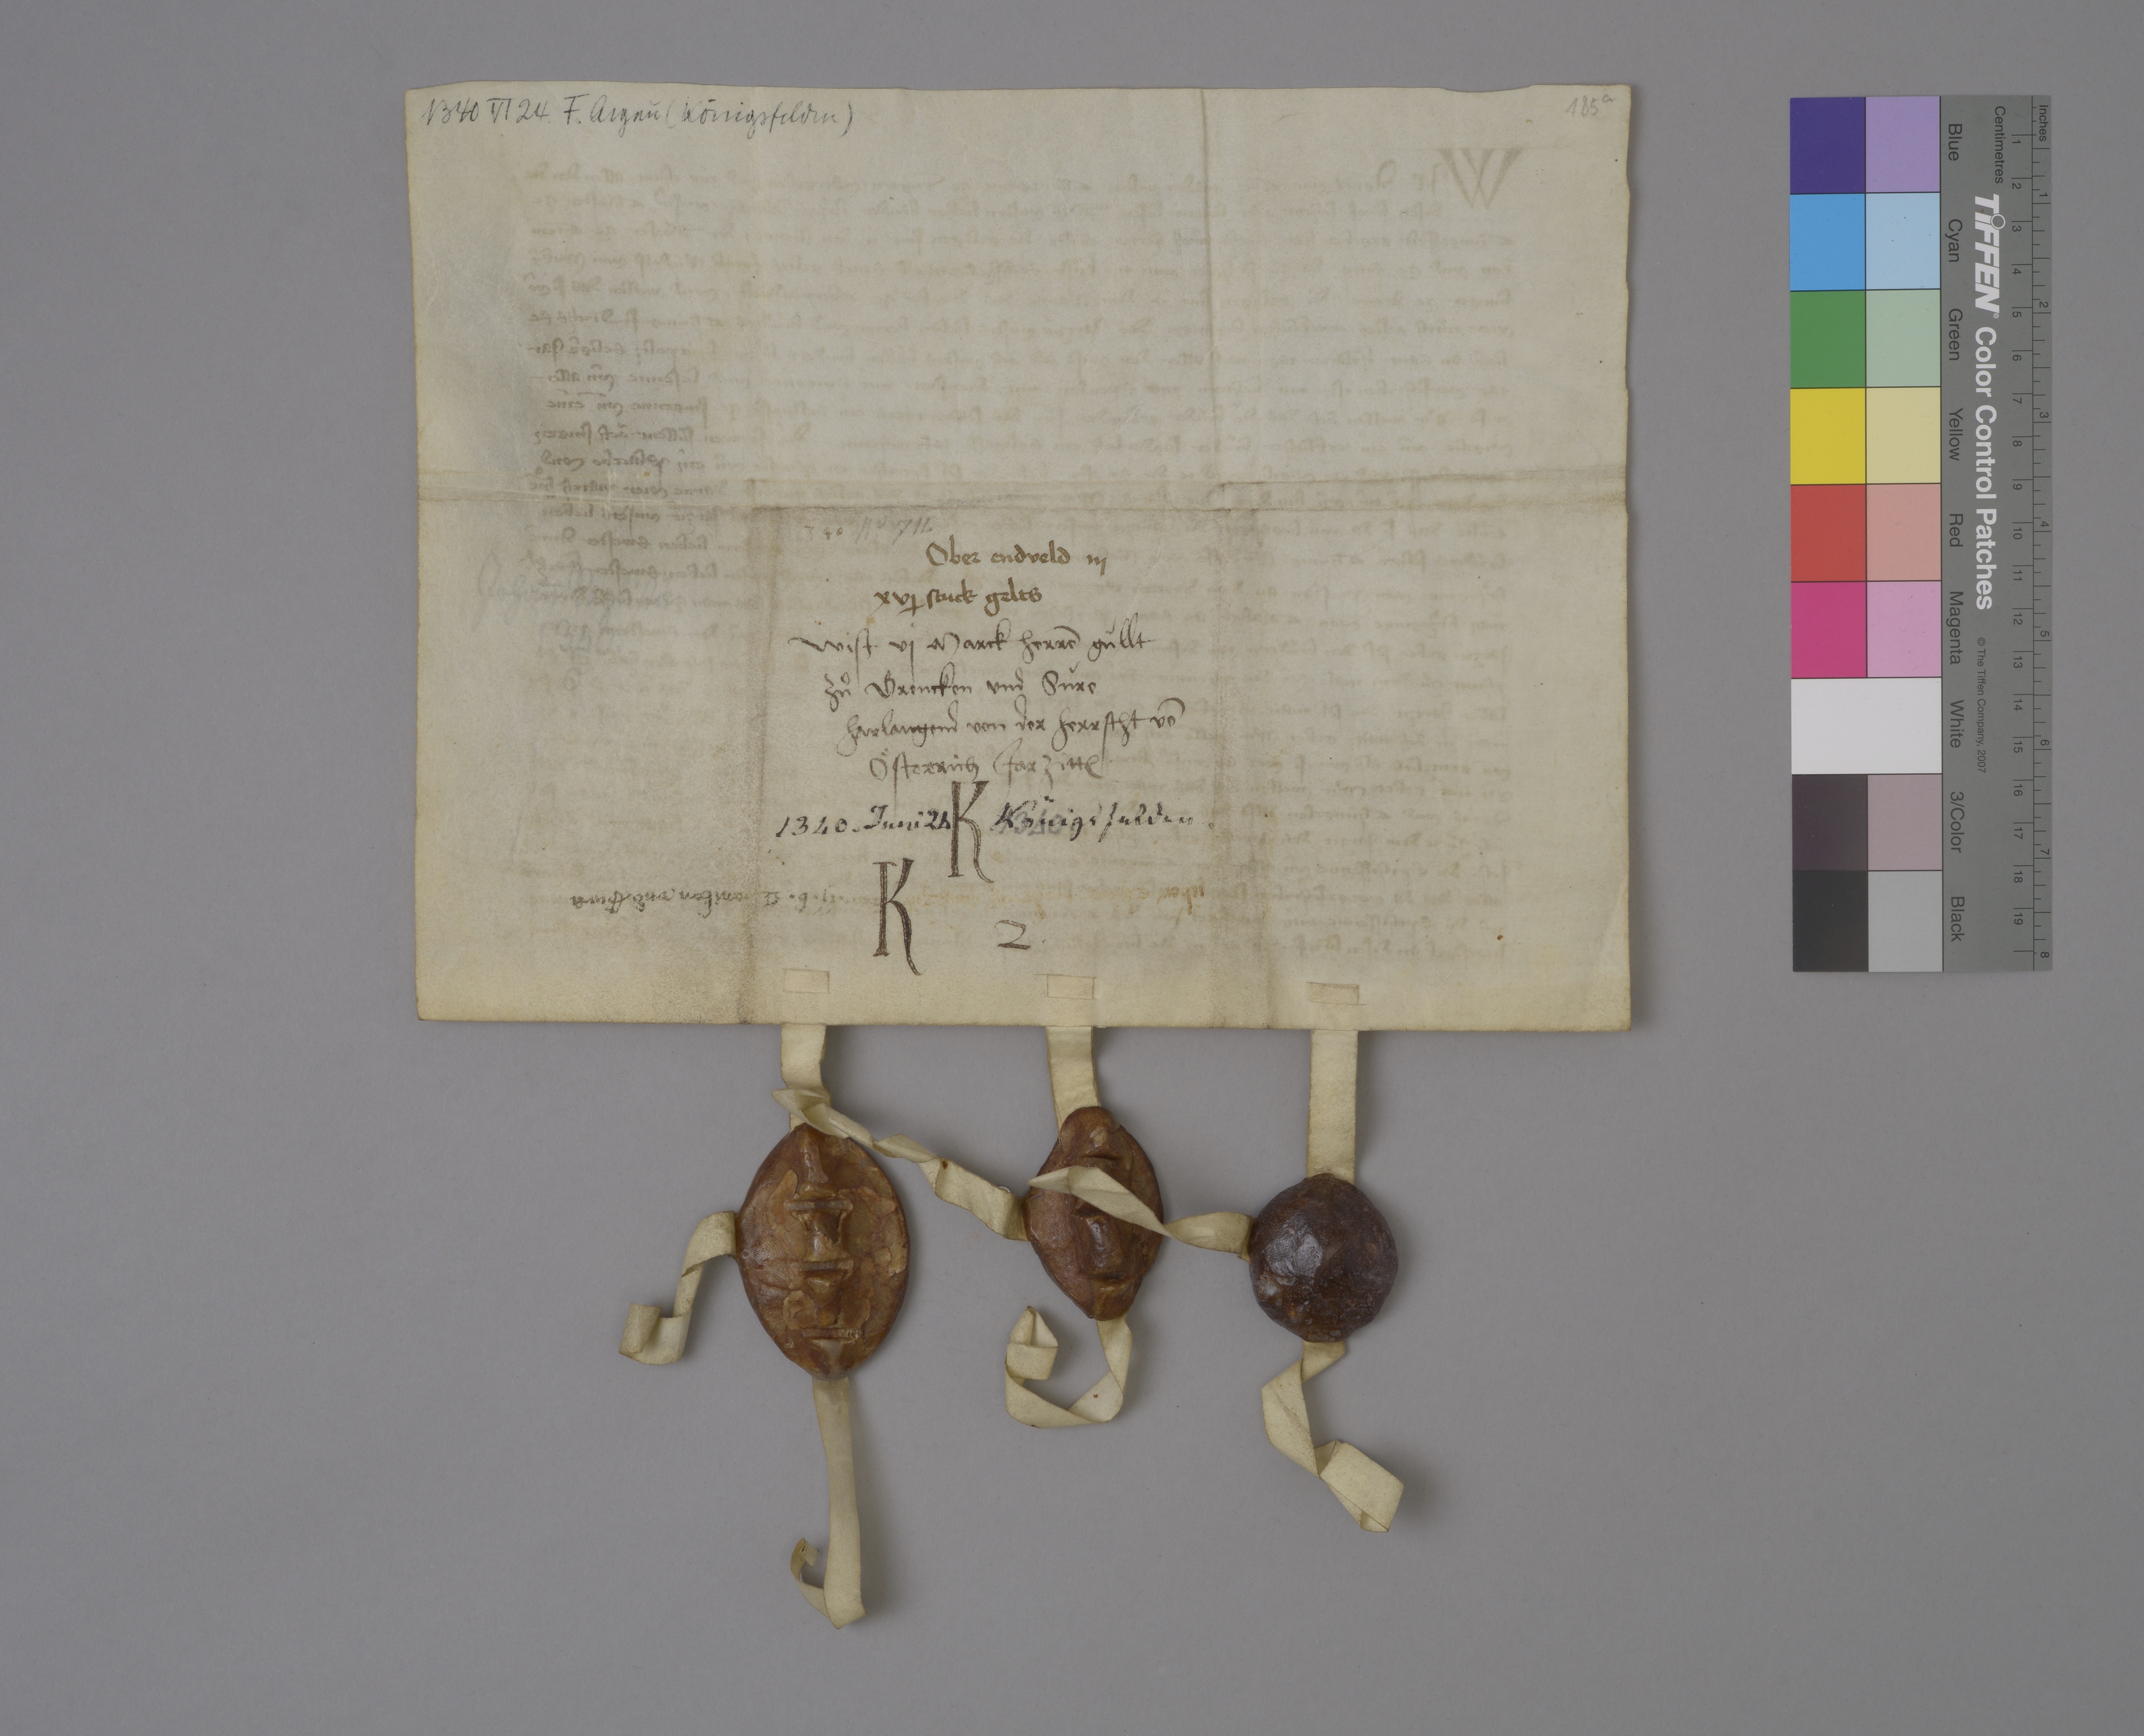
1340 VI 24 . F. Argaù ( Königsfelden )

185 a

Nͦ. 711 .

340

Ober Endveld iij
xvɉ stuck gelts

wist vj marck herrē gùllt
zuͦ Grencken und Sùre
harlangend von der herrscht vō
Oͤsterrich jarzitt₎ ✳

K
K 2 ✳

1340 ✳ Juni 24 Königsfelden ✳

1340

der ✳ ij ✳ b ✳ Grenikern und Sura

ùber   jargzit